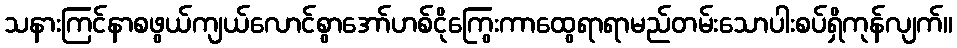
သနားကြင်နာစဖွယ်ကျယ်လောင်စွာအော်ဟစ်ငိုကြွေးကာထွေရာရာမည်တမ်းသောပါးစပ်ရှိကုန်လျက်။